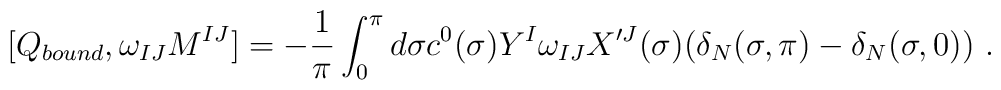
[Q_{bound}, \omega_{IJ}M^{IJ}]=-\frac{1}{\pi}\int_0^{\pi}d\sigma c^0(\sigma)Y^I\omega_{IJ}X'^J(\sigma) (\delta_N(\sigma,\pi)-\delta_N (\sigma,0)) \ .